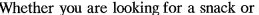
Whether you are looking for a snack or